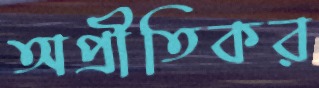
অপ্রীতিকর